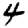
Digit: 4